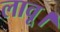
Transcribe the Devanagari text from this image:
लावू।